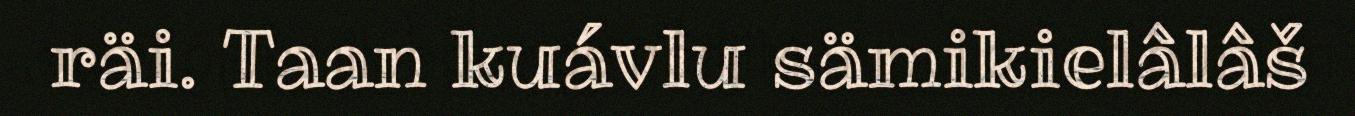
räi. Taan kuávlu sämikielâlâš